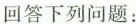
回答下列问题：